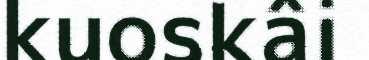
kuoskâi